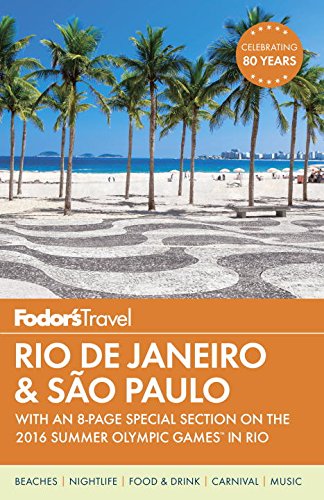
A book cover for Fodor's Rio de Janeiro & Sao Paulo: With an 8-page Special Section on the 2016 Summer Olympic Games in Rio (Travel Guide); Fodor's; Travel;